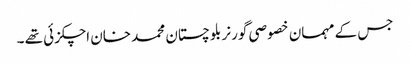
جس کے مہمان خصوصی گورنر بلوچستان محمد خان اچکزئی تھے ۔